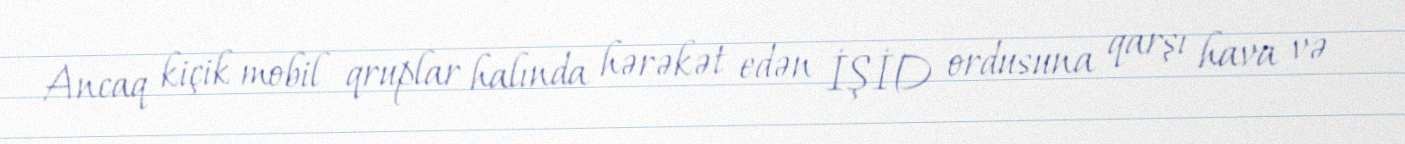
Ancaq kiçik mobil qruplar halında hərəkət edən İŞİD ordusuna qarşı hava və